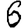
Digit: 6